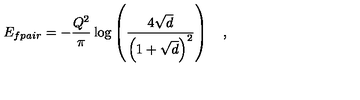
E _ { f p a i r } = - \frac { Q ^ { 2 } } { \pi } \log \left( \frac { 4 \sqrt { d } } { \left( 1 + \sqrt { d } \right) ^ { 2 } } \right) \quad ,